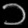
Digit: ၁